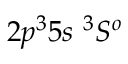
{ 2 p ^ { 3 } 5 s ~ ^ { 3 } S ^ { o } }